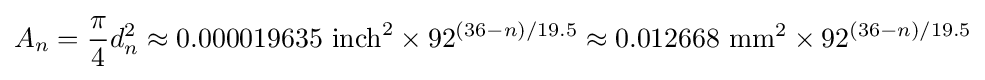
A_{n}={\frac {\pi }{4}}d_{n}^{2}\approx 0.000019635~\mathrm {inch} ^{2}\times 92^{(36-n)/19.5}\approx 0.012668~\mathrm {mm} ^{2}\times 92^{(36-n)/19.5}